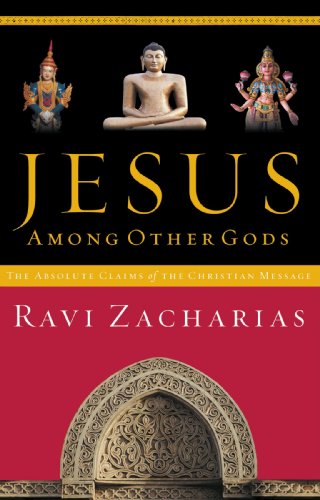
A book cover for Jesus Among Other Gods: The Absolute Claims of the Christian Message; Ravi Zacharias; Christian Books & Bibles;